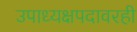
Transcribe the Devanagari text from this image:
उपाध्यक्षपदावरही